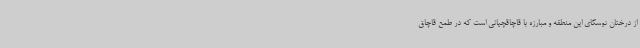
از درختان توسکای این منطقه و مبارزه با قاچاقچیانی است که در طمع قاچاق